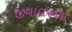
જીવાવરણો